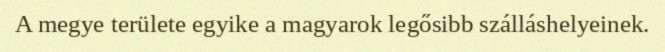
A megye területe egyike a magyarok legősibb szálláshelyeinek.